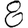
Digit: 8